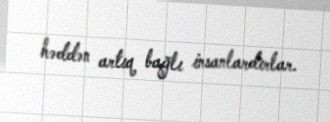
həddən artıq bağlı insanlardırlar.